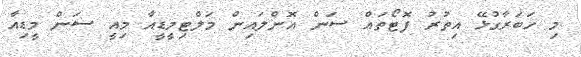
މި ޚަބަރާގުޅޭ އިތުރު ފޮޓޯތައް ސަން އޮންލައިން މަލްޓިމީޑީއާ މިއީ ސަން މީޑިއާ